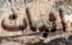
اثبات